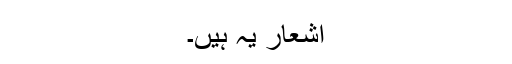
اشعار یہ ہیں۔